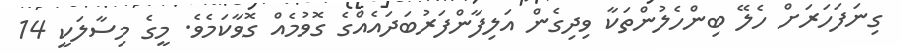
ގިނަފަހަރަށް ހެލޭ ބިންހެލުންތަކާ ވިދިގެން އަލިފާންފަރުބަދައެއްގެ ގޮވުމެއް ގޮވާކަމެވެ. މީގެ މިސާލަކީ 14